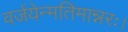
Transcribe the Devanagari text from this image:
वर्जयेन्मतिमान्नरः।